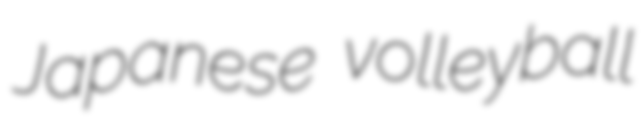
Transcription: Japanese volleyball